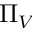
\Pi _ { V }